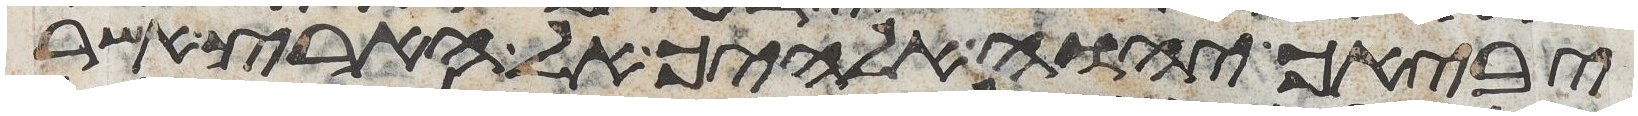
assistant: יביאך יהוה אלהיך אל הארץ אשר